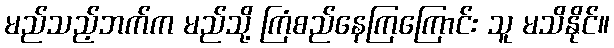
မည်သည့်ဘက်က မည်သို့ ကြံစည်နေကြကြောင်း သူ မသိနိုင်။